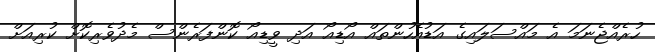
ހުރެއްޖެނަމަ އެ މައްސަލައިގެ އަޑުއެހުންތައް އޯޑިއޯ އަދި ވީޑިއޯ ކޮންފަރެންސް މެދުވެރިކޮށް ކުރިއަށް